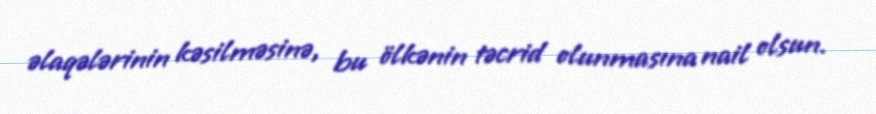
əlaqələrinin kəsilməsinə, bu ölkənin təcrid olunmasına nail olsun.